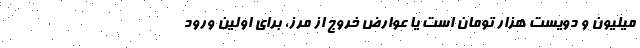
میلیون و دویست هزار تومان است یا عوارض خروج از مرز، برای اولین ورود